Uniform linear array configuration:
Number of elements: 24
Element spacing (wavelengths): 1
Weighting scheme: kaiser
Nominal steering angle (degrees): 60
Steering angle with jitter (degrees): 60.85
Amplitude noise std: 0.05
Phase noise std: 0.05

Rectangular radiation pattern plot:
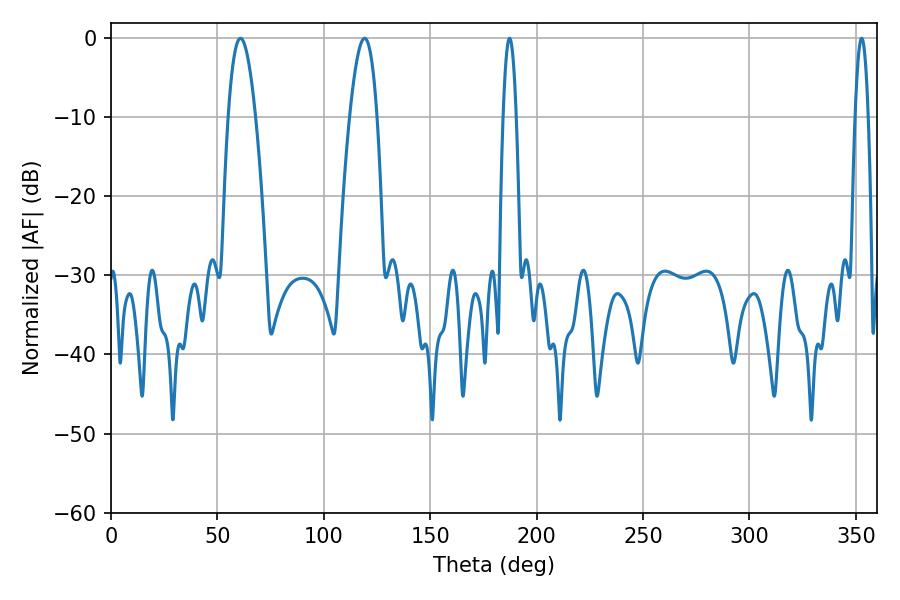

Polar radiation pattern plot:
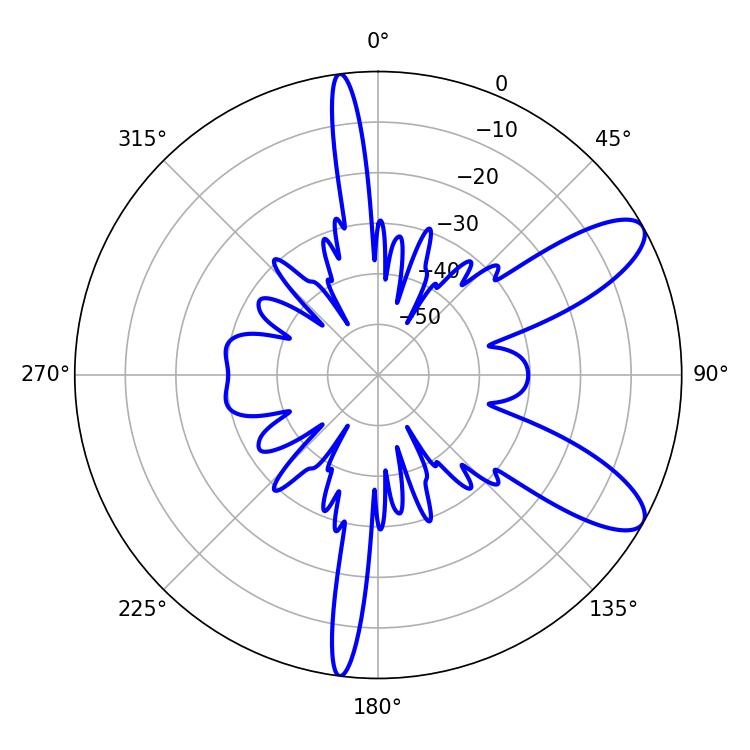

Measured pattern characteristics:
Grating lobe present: TRUE
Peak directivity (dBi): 9.665
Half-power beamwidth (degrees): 7.02
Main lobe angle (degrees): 60.84